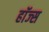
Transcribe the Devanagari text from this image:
हाॅज्स